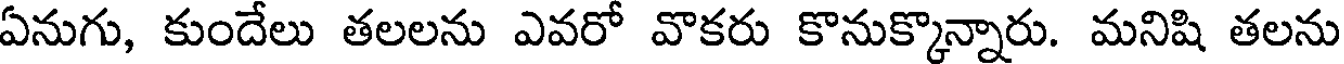
ఏనుగు, కుందేలు తలలను ఎవరో వొకరు కొనుక్కొన్నారు. మనిషి తలను